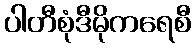
ပါတီစုံဒီမိုကရေစီ